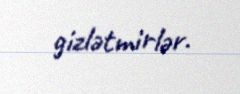
gizlətmirlər.